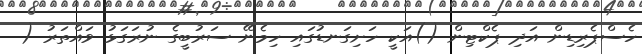
ހެސްޕެރިޑިން އަދި ޕެކްޓިން ()އަކީ ހަށިގަނޑުގައި ހިމެނޭ ސަރުބީގެ ނުރަގަޅު ވައްތަރު (